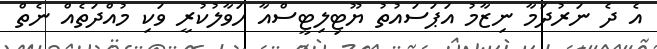
އެ ދެ ނަރުދަމާ ނިޒާމު އަޕަސައުތު ޔޫޓިލިޓީސްއާ ހަވާލުކުރީ ވަކި މުއްދަތެއް ނެތް